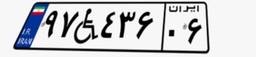
۹۷W۴۳۶۰۶